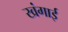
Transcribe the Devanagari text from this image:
खंगाई